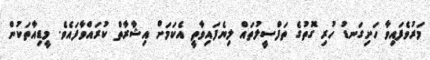
މަރުވެފައިވާ ހަށިގަނޑު ހުރި ގޮތުގެ ތަފްސީލުތައް ލިޔެފައިވާތީ އެކަމަށް އިޝާރާތް ކުރައްވާފައެވެ. މީޑިއާތަކުން